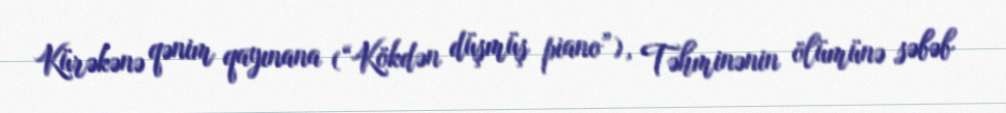
Kürəkənə qənim qayınana (“Kökdən düşmüş piano”), Təhminənin ölümünə səbəb